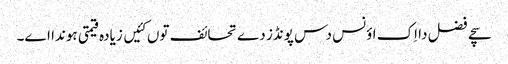
سچے فضل دا اِک اؤنس دس پونڈز دے تحائف توں کئیں زیادہ قیمتی ہوندا اے۔